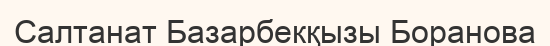
Салтанат Базарбекқызы Боранова